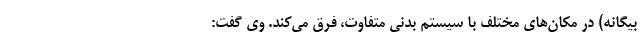
بیگانه) در مکان‌های مختلف با سیستم بدنی متفاوت، فرق می‌کند. وی گفت: